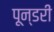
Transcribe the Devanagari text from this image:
पून्डरी